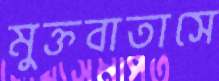
মুক্তবাতাসে